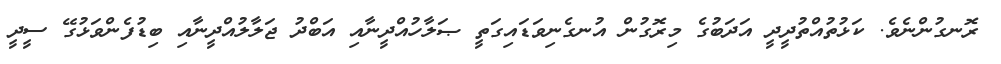
ރޮނގުންނެވެ. ކަޅުތުއްތުދީދީ އަދަބުގެ މިރޮގުން އުނގެނިވަޑައިގަތީ ޞަލާހުއްދީނާއި އަބްދު ޖަލާލުއްދީނާއި ބިޑުފެންވަޅުގޭ ސީދީ